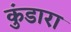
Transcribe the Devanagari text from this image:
कुंडारा